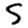
Digit: 5